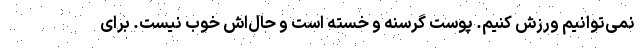
نمی‌توانیم ورزش کنیم. پوست گرسنه و خسته است و حال‌اش خوب نیست. برای